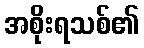
အစိုးရသစ်၏